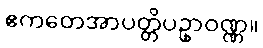
ဧကတေအာပတ္တိပဥှာဝဏ္ဏ။